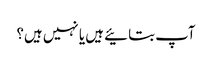
آپ بتائیے ہیں یا نہیں ہیں؟